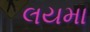
લયમા